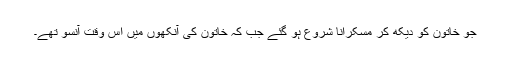
جو خاتون کو دیکھ کر مسکرانا شروع ہو گئے جب کہ خاتون کی آنکھوں میں اس وقت آنسو تھے۔